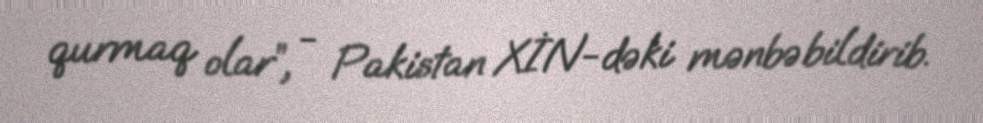
qurmaq olar”, - Pakistan XİN-dəki mənbə bildirib.